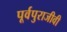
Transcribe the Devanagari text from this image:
पूर्वपुराजीवी